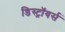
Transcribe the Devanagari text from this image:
डिस्ट्रॉयर्स